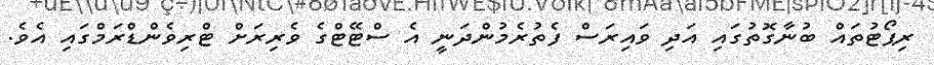
ރިޕޯޓުތައް ބުނާގޮތުގައި އަދި ވައިރަސް ފެތުރެމުންދަނީ އެ ސްޓޭޓްގެ ވެރިރަށް ޓްރިވެންޑްރަމްގައި އެވެ.